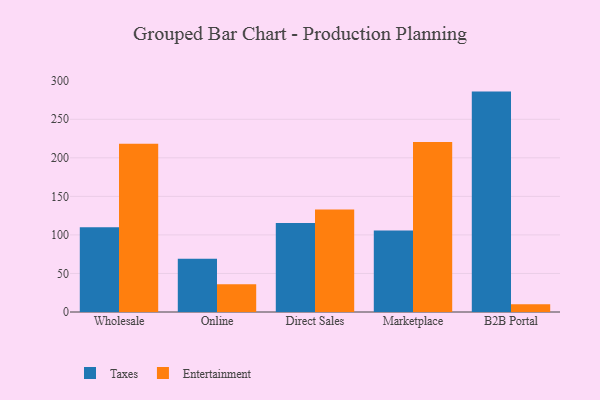
{"axis": {"x": "Channel", "y": "Revenue (USD Million)"}, "legend": ["Entertainment", "Taxes"], "data": [{"x": "Wholesale", "y": 109.9, "type": "Taxes"}, {"x": "Wholesale", "y": 218.3, "type": "Entertainment"}, {"x": "Online", "y": 69.0, "type": "Taxes"}, {"x": "Online", "y": 35.9, "type": "Entertainment"}, {"x": "Direct Sales", "y": 115.5, "type": "Taxes"}, {"x": "Direct Sales", "y": 133.0, "type": "Entertainment"}, {"x": "Marketplace", "y": 105.6, "type": "Taxes"}, {"x": "Marketplace", "y": 220.6, "type": "Entertainment"}, {"x": "B2B Portal", "y": 285.9, "type": "Taxes"}, {"x": "B2B Portal", "y": 10.1, "type": "Entertainment"}]}